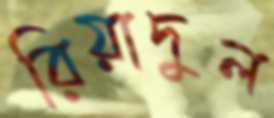
রিয়াদুল